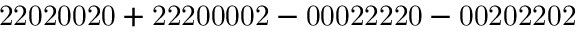
\mathrm { 2 2 0 2 0 0 2 0 + 2 2 2 0 0 0 0 2 - 0 0 0 2 2 2 2 0 - 0 0 2 0 2 2 0 2 }